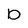
Character: b